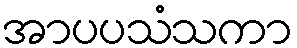
အာပပသံသကာ